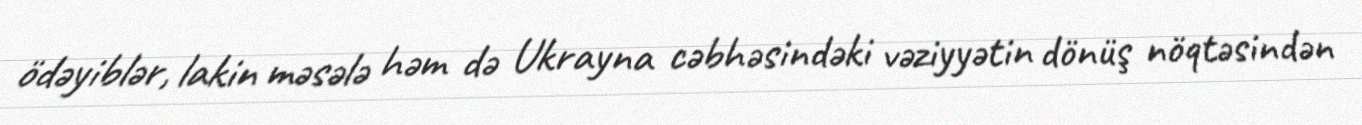
ödəyiblər, lakin məsələ həm də Ukrayna cəbhəsindəki vəziyyətin dönüş nöqtəsindən